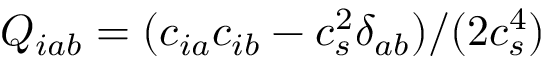
Q _ { i a b } = ( c _ { i a } c _ { i b } - c _ { s } ^ { 2 } \delta _ { a b } ) / ( 2 c _ { s } ^ { 4 } )